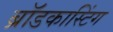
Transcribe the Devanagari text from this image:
ब्राॅडकास्टिंग